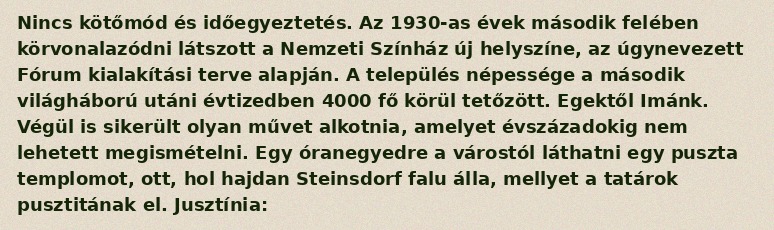
Nincs kötőmód és időegyeztetés. Az 1930-as évek második felében körvonalazódni látszott a Nemzeti Színház új helyszíne, az úgynevezett Fórum kialakítási terve alapján. A település népessége a második világháború utáni évtizedben 4000 fő körül tetőzött. Egektől Imánk. Végül is sikerült olyan művet alkotnia, amelyet évszázadokig nem lehetett megismételni. Egy óranegyedre a várostól láthatni egy puszta templomot, ott, hol hajdan Steinsdorf falu álla, mellyet a tatárok pusztitának el. Jusztínia: